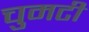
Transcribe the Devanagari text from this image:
चुमटी